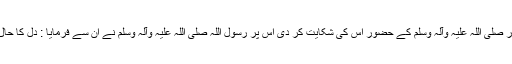
پھر خود سرکار صلی اللہ علیہ وآلہ وسلم کے حضور اس کی شکایت کر دی اس پر رسول اللہ صلی اللہ علیہ وآلہ وسلم نے ان سے فرمایا : دل کا حال بتاؤ، کیا تھا؟